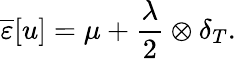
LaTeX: \overline{\varepsilon}[u]=\mu+\frac{\lambda}{2}\otimes\delta_{T}.